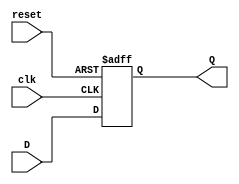
module FlipFlopRegister #(
    parameter WIDTH = 8  // Parameter to set the width of the register
)(
    input wire clk,      // Clock input
    input wire reset,    // Asynchronous reset input
    input wire [WIDTH-1:0] D, // Data input
    output reg [WIDTH-1:0] Q  // Output register
);

    // Always block triggered on the clock edge or reset
    always @(posedge clk or posedge reset) begin
        if (reset) begin
            Q <= {WIDTH{1'b0}}; // Reset all bits to 0
        end else begin
            Q <= D; // Capture data on clock edge
        end
    end

endmodule